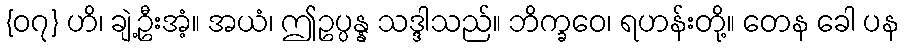
{၀၇} ဟိ၊ ချဲ့ဦးအံ့။ အယံ၊ ဤဥပ္ပန္န သဒ္ဒါသည်။ ဘိက္ခဝေ၊ ရဟန်းတို့။ တေန ခေါ ပန